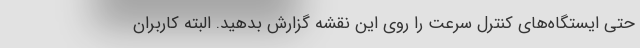
حتی ایستگاه‌های کنترل سرعت را روی این نقشه گزارش بدهید. البته کاربران